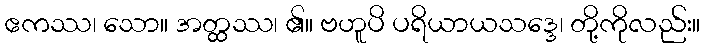
ဧကဿ၊ သော။ အတ္ထဿ၊ ၏။ ဗဟူပိ ပရိယာယသဒ္ဒေ၊ တို့ကိုလည်း။